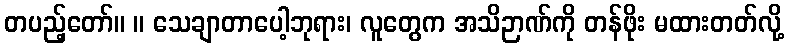
တပည့်တော်။ ။ သေချာတာပေါ့ဘုရား၊ လူတွေက အသိဉာဏ်ကို တန်ဖိုး မထားတတ်လို့